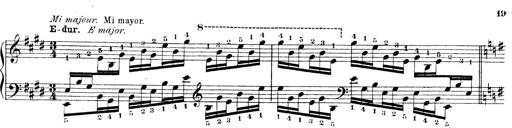
Title: Technische Studien
Composer: Franz Liszt